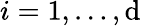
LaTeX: i=1,\ldots,\mathrm{d}